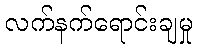
လက်နက်ရောင်းချမှု